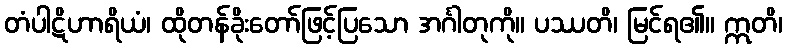
တံပါဋိဟာရိယံ၊ ထိုတန်ခိုးတော်ဖြင့်ပြသော အင်္ဂါတုကို။ ပဿတိ၊ မြင်ရ၏။ ဣတိ၊